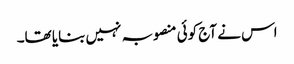
اس نے آج کوئی منصوبہ نہیں بنایا تھا۔